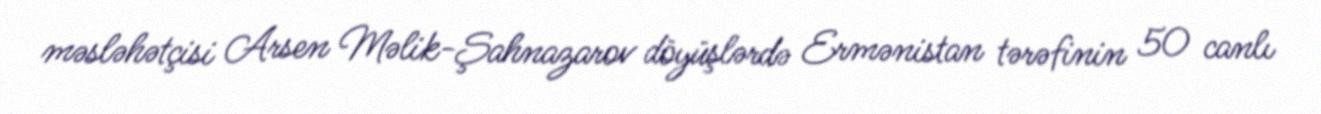
məsləhətçisi Arsen Məlik-Şahnazarov döyüşlərdə Ermənistan tərəfinin 50 canlı